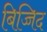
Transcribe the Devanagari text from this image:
बिज्जिद